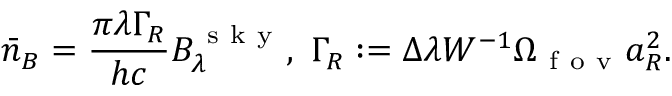
\bar { n } _ { B } = \frac { \pi \lambda \Gamma _ { R } } { h c } B _ { \lambda } ^ { \mathrm { ~ s ~ k ~ y ~ } } , ~ \Gamma _ { R } : = \Delta \lambda W ^ { - 1 } \Omega _ { \mathrm { ~ f ~ o ~ v ~ } } a _ { R } ^ { 2 } .